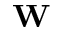
\textbf { W }